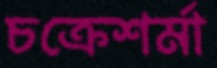
চক্রেশর্মা